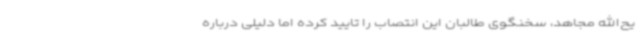
یح‌الله مجاهد، سخنگوی طالبان این انتصاب را تایید کرده اما دلیلی درباره